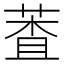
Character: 𦳘